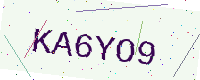
Text: KA6YO9